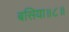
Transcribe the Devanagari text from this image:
बसिया॥८॥